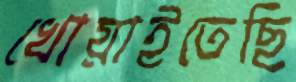
খোয়াইতেছি